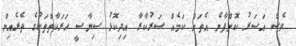
ވެސް އަސަރު ކޮށްފާނެ އެތަށް ކަމެއް ސަރުކާރާ އިދިކޮޅު ސިޔާސީ ހަރަކާތްތަކުގެ ތެރެއިން